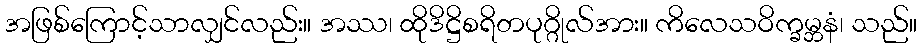
အဖြစ်ကြောင့်သာလျှင်လည်း။ အဿ၊ ထိုဒိဋ္ဌိစရိတပုဂ္ဂိုလ်အား။ ကိလေသဝိက္ခမ္ဘနံ၊ သည်။